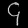
Digit: ၄